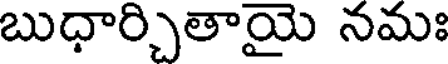
బుధార్చితాయై నమః